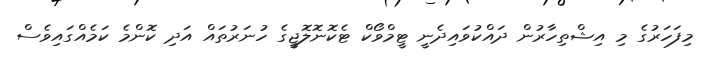
މިފަހަރުގެ މި އިޝްތިހާރުން ދައްކުވައިދެނީ ޓީމްވޯކް ޓެކޮނޮލޮޖީގެ ހުނަރުތައް އަދި ކޮންމެ ކަމެއްގައިވެސް